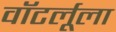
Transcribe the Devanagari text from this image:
वॉटर्लूला